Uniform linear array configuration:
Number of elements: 4
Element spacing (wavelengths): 1
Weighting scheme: hann
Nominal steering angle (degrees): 60
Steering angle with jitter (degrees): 60.97
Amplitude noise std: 0.05
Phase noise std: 0.05

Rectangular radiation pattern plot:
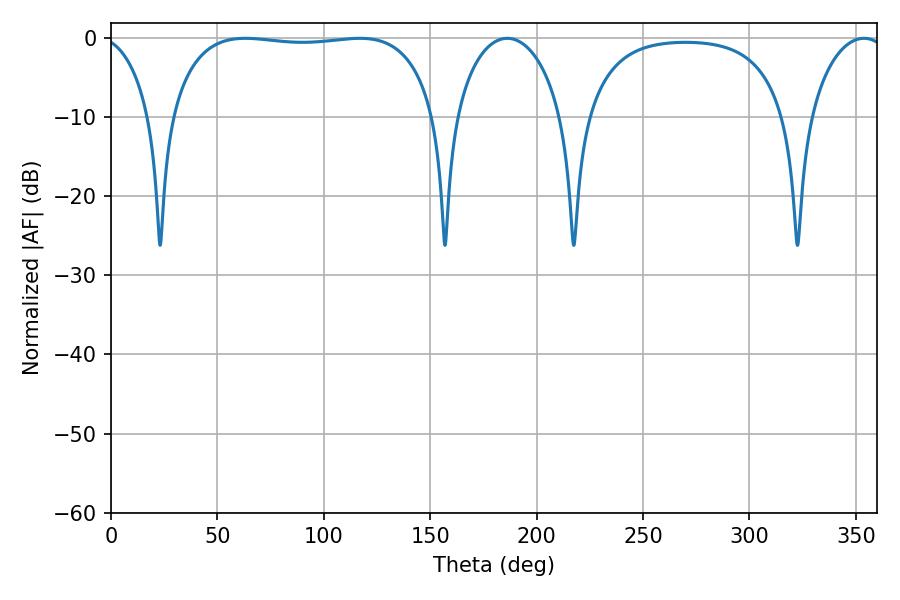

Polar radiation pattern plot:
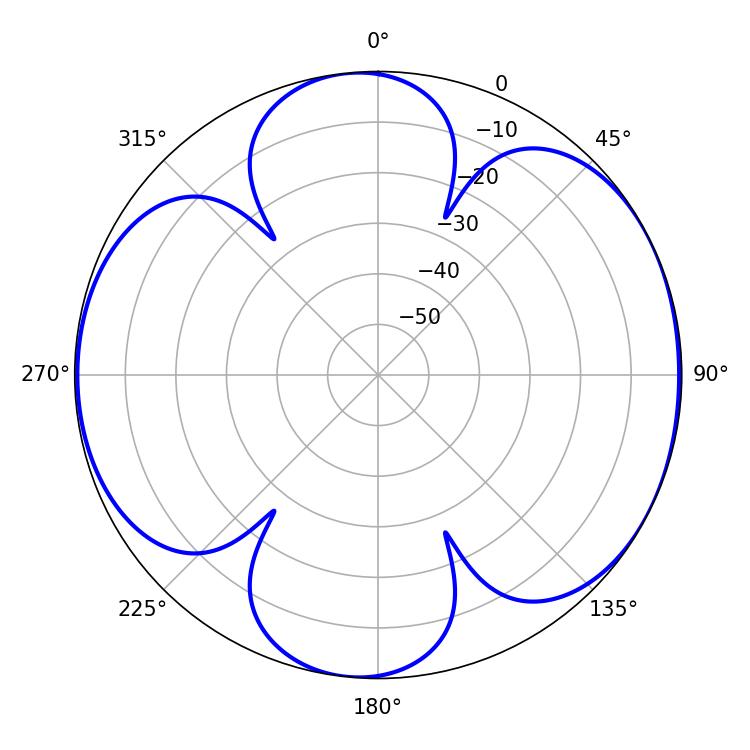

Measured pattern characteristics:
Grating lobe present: TRUE
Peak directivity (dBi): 6.801
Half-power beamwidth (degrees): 100.08
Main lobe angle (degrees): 63.18